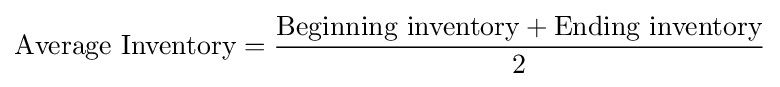
{\text{Average Inventory}}={\frac {{\text{Beginning inventory}}+{\text{Ending inventory}}}{\text{2}}}